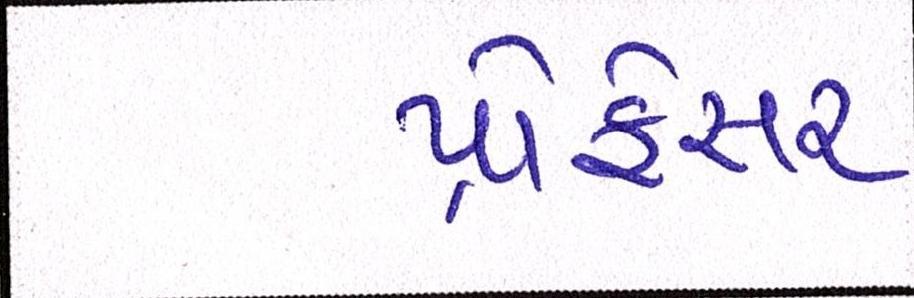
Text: પ્રોફેસર